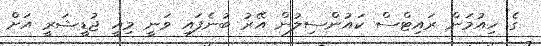
ގެ ހިއުމަން ރައިޓްސް ކައުންސިލުން އޭރު ބުނެފައި ވަނީ މިއީ ޖުޑީޝަރީ އަށް